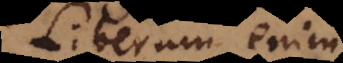
Liberum enim